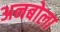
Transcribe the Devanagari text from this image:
अनबोला